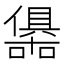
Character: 𭌀